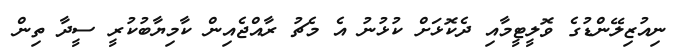
ނިއުޒިލޭންޑުގެ ވޮލީޓީމާއި ދެކޮޅަށް ކުޅުނު އެ މެޗު ރާއްޖެއިން ކާމިޔާބުކުރީ ސީދާ ތިން